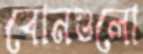
বোনগুলো